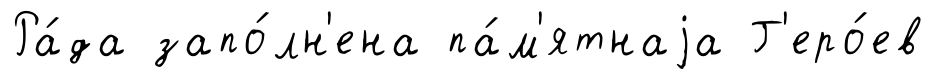
Ра́да запо́лн'ена па́м'ятнаjа Г'еро́ев